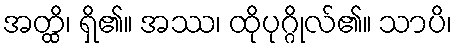
အတ္ထိ၊ ရှိ၏။ အဿ၊ ထိုပုဂ္ဂိုလ်၏။ သာပိ၊